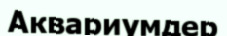
Аквариумдер